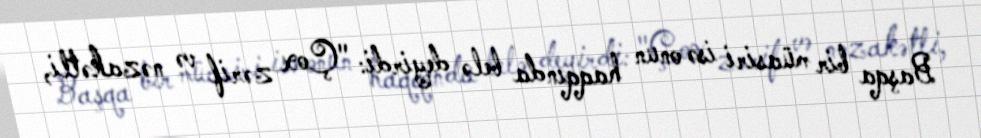
Başqa bir müasiri isə onun haqqında belə deyirdi: "Çox zərif və nəzakətli,